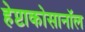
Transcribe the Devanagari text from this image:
हेप्टाकोसानॉल